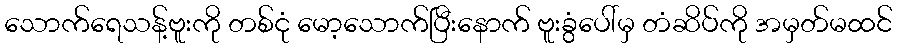
သောက်ရေသန့်ဗူးကို တစ်ငုံ မော့သောက်ပြီးနောက် ဗူးခွံပေါ်မှ တံဆိပ်ကို အမှတ်မထင်